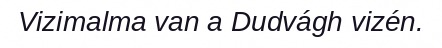
Vizimalma van a Dudvágh vizén.